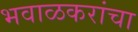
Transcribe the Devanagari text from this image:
भवाळकरांचा